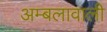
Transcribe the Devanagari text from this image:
अम्बलावाली